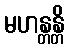
မဟန္တန္တိ